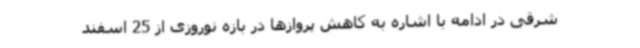
شرقی در ادامه با اشاره به کاهش پروازها در بازه نوروزی از 25 اسفند